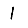
Digit: 1